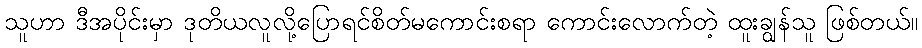
သူဟာ ဒီအပိုင်းမှာ ဒုတိယလူလို့ပြောရင်စိတ်မကောင်းစရာ ကောင်းလောက်တဲ့ ထူးချွန်သူ ဖြစ်တယ်။